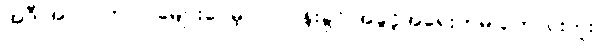
အဲဒီ အလုပ်က လခများပေမဲ့ လုပ်ငန်းခွင် အခွင့်အရေးကမ ကောင်းဘူး။